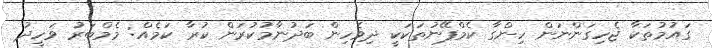
ގައުމުތަކާ ޖެހިގަންނަން ހިންގާ ކެމްޕޭނުތަކަކީ ދިވެހިން ބަދުނާމުކުރަން ކުރާ ކަމެއް: މެމްބަރު ވަހީދު